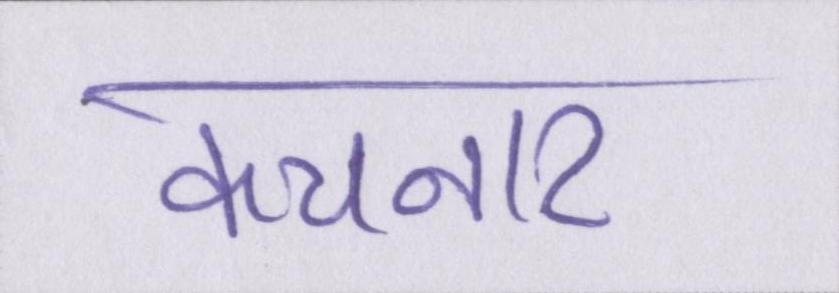
कचनार